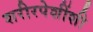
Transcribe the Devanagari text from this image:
शरीरपेशींशी